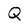
Character: Q